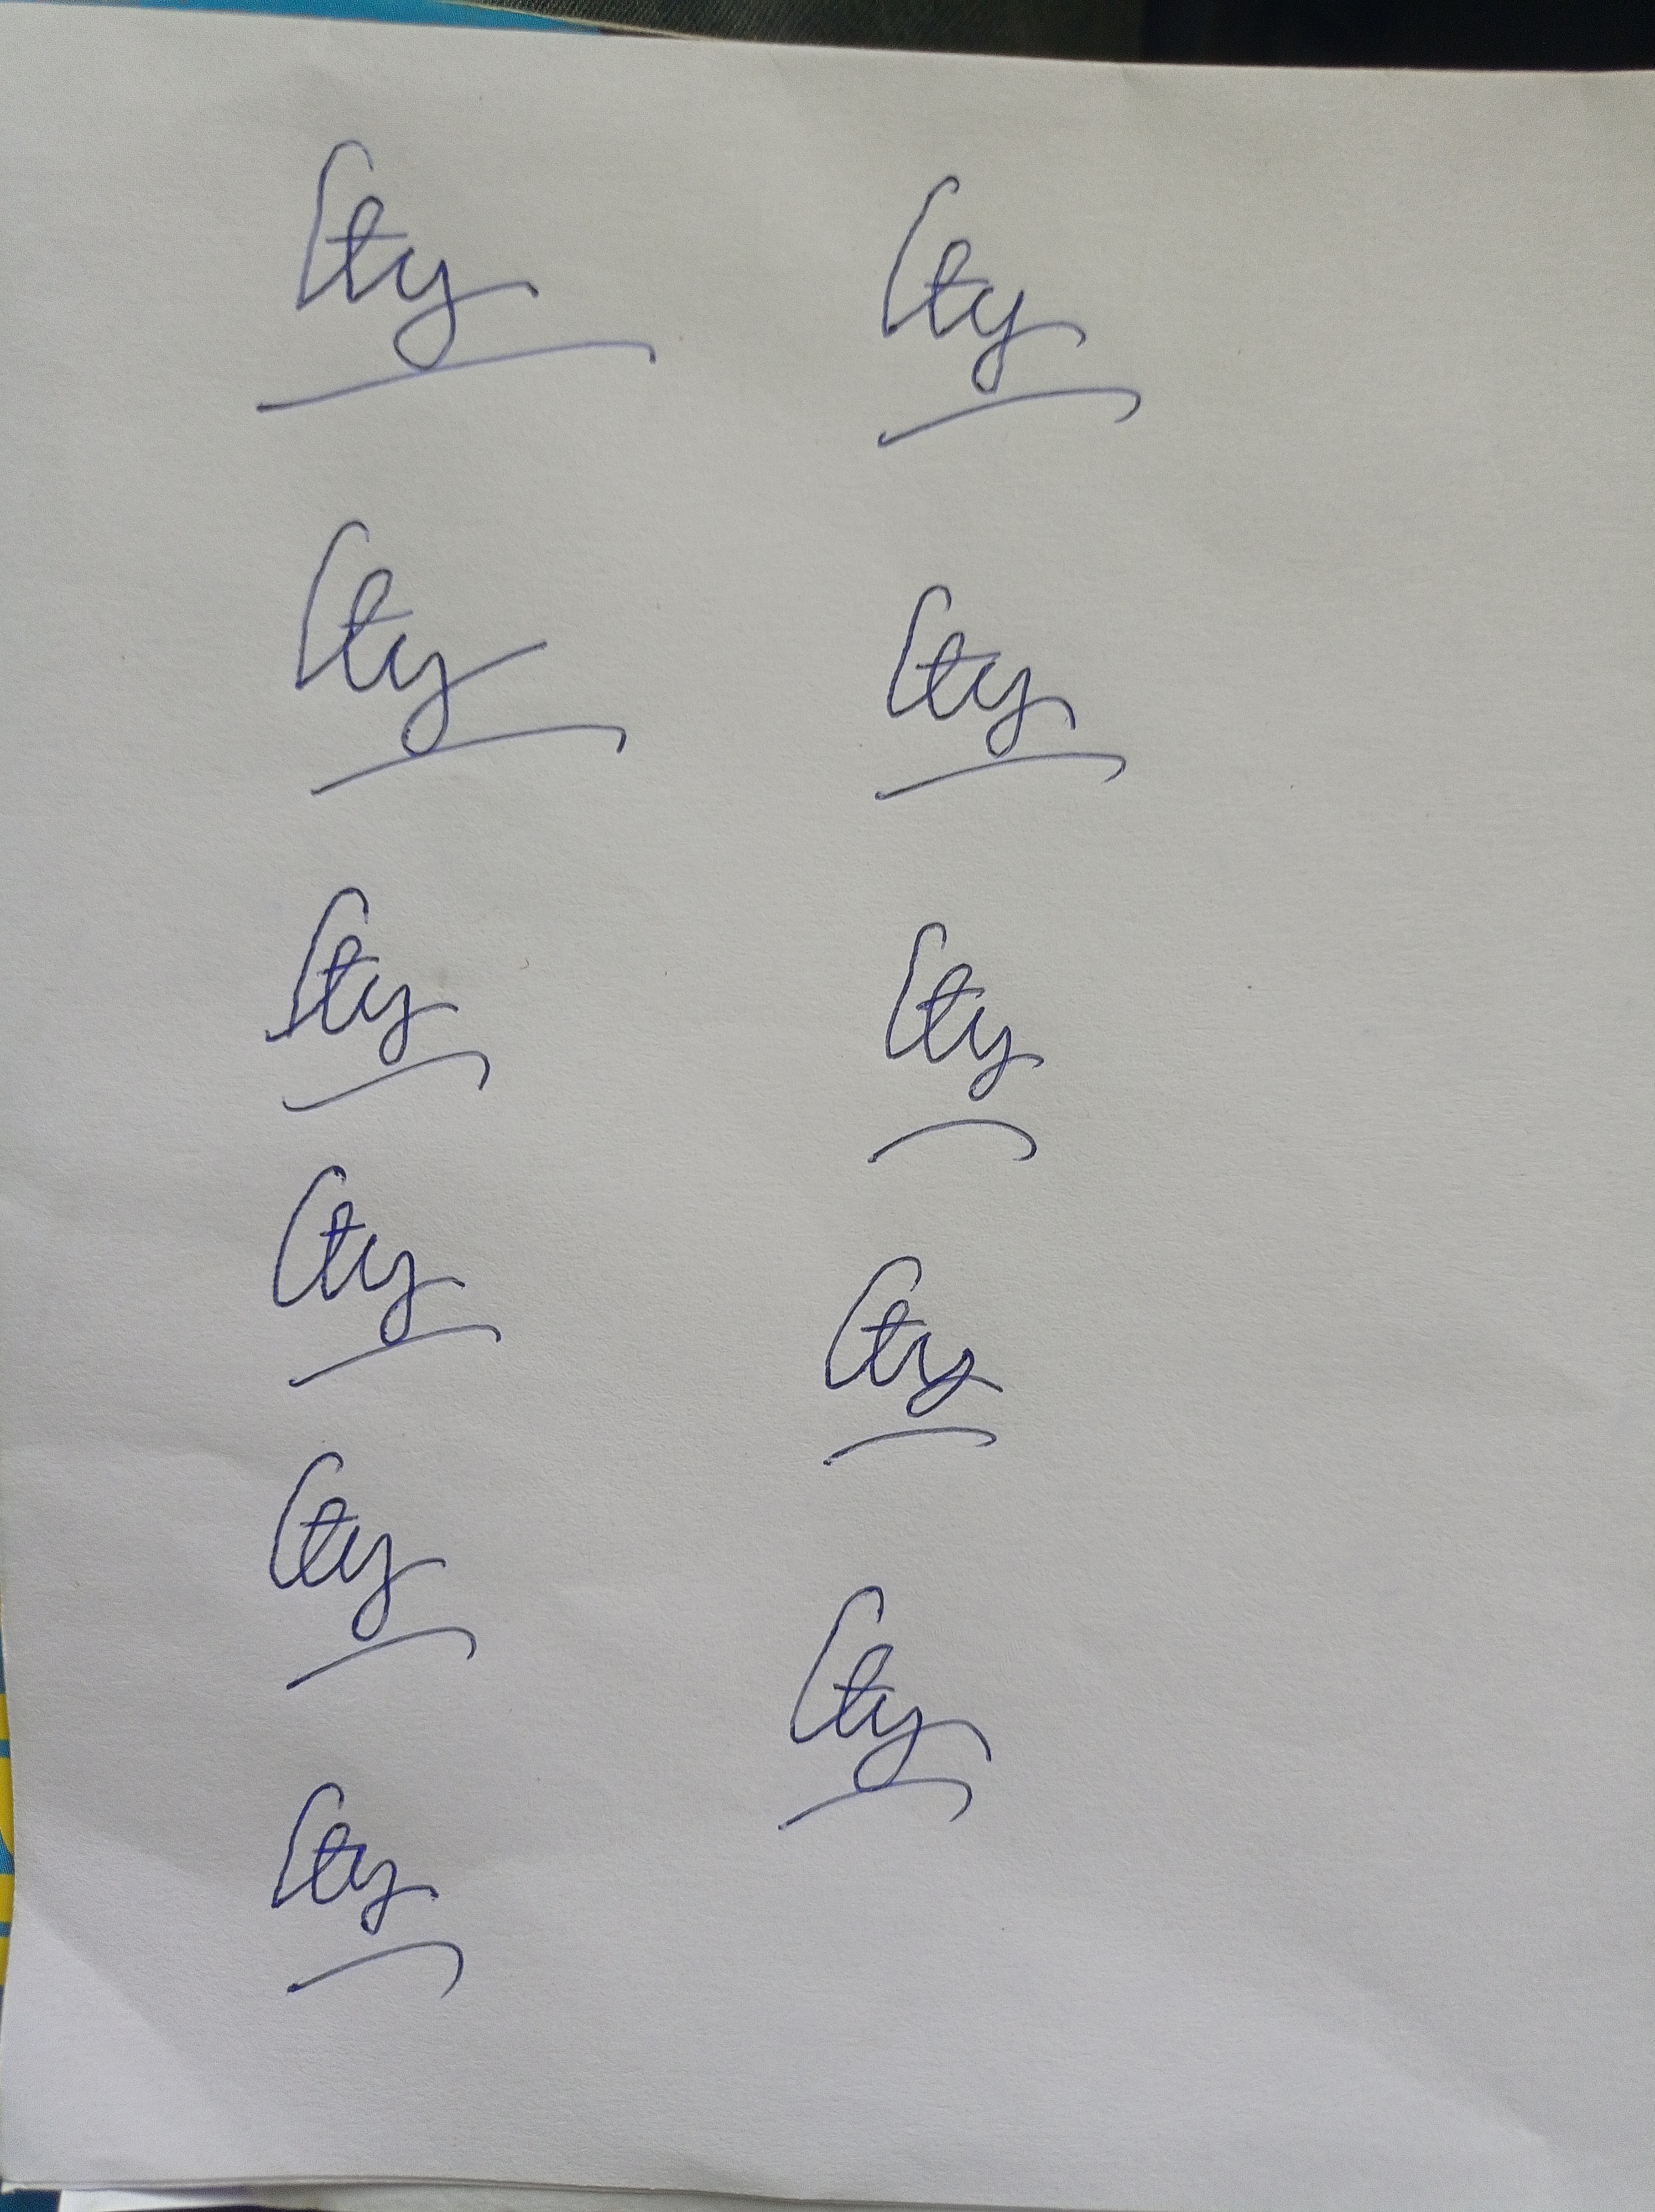
Signature authenticity: forged